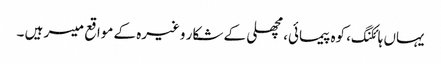
یہاں ہائکنگ، کوہ پیمائی، مچھلی کے شکار وغیرہ کے مواقع میسر ہیں ۔